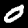
Label: 0